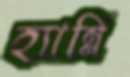
হ্যান্নি